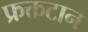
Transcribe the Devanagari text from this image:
फ्रक्तटान